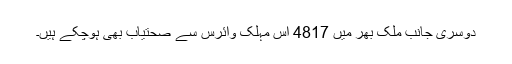
دوسری جانب ملک بھر میں 4817 اس مہلک وائرس سے صحتیاب بھی ہوچکے ہیں۔